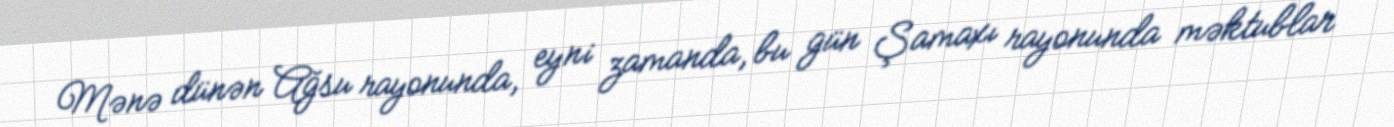
Mənə dünən Ağsu rayonunda, eyni zamanda, bu gün Şamaxı rayonunda məktublar